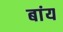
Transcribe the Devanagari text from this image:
बांय